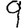
Digit: 9